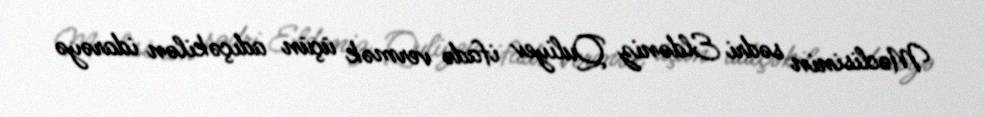
Məclisinin sədri Eldəniz Quliyev ifadə vermək üçün adıçəkilən idarəyə